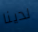
لدينا